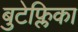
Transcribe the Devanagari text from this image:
बुटेफ्लिका